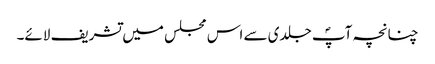
چنانچہ آپؐ جلدی سے اس مجلس میں تشریف لائے۔